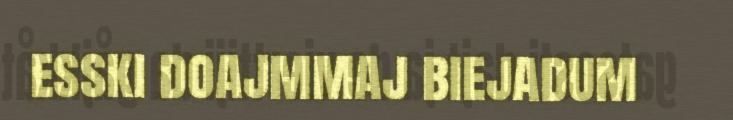
esski doajmmaj biejadum